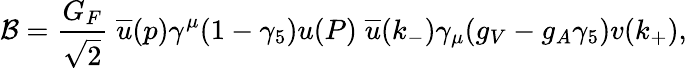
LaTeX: {\cal B}=\frac{G_{F}}{\sqrt{2}}\; \overline{{{u}}}(p)\gamma^{\mu}(1-\gamma_{5})u(P)\; \overline{{{u}}}(k_{-})\gamma_{\mu}(g_{V}-g_{A}\gamma_{5})v(k_{+}),